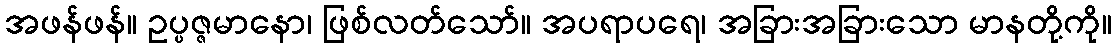
အဖန်ဖန်။ ဥပ္ပဇ္ဇမာနော၊ ဖြစ်လတ်သော်။ အပရာပရေ၊ အခြားအခြားသော မာနတို့ကို။